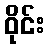
ဝိုင်း